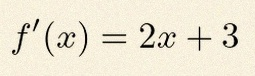
f'(x)=2x+3